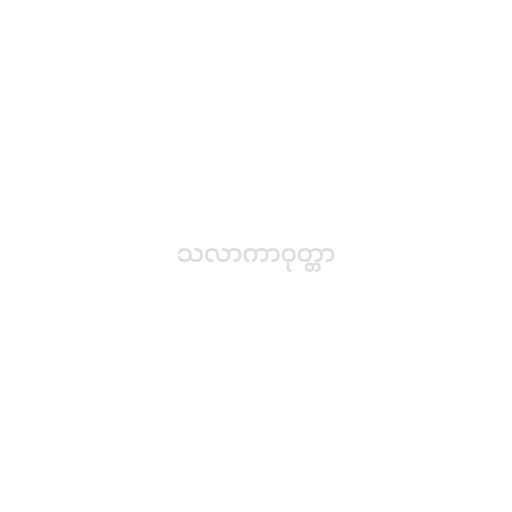
သလာကာဝုတ္တာ